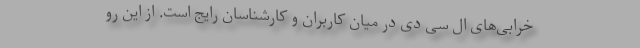
خرابی‌های ال سی دی در میان کاربران و کارشناسان رایج است. از این رو